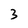
Character: 3